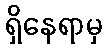
ရှိနေရာမှ